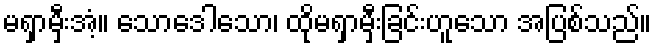
မရှာမှီးအံ့။ သောဒေါသော၊ ထိုမရှာမှီးခြင်းဟူသော အပြစ်သည်။